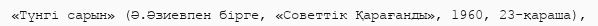
«Түнгі сарын» (Ә.Әзиевпен бірге, «Советтік Қарағанды», 1960, 23-қараша),